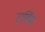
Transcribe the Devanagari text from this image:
टार्डिव